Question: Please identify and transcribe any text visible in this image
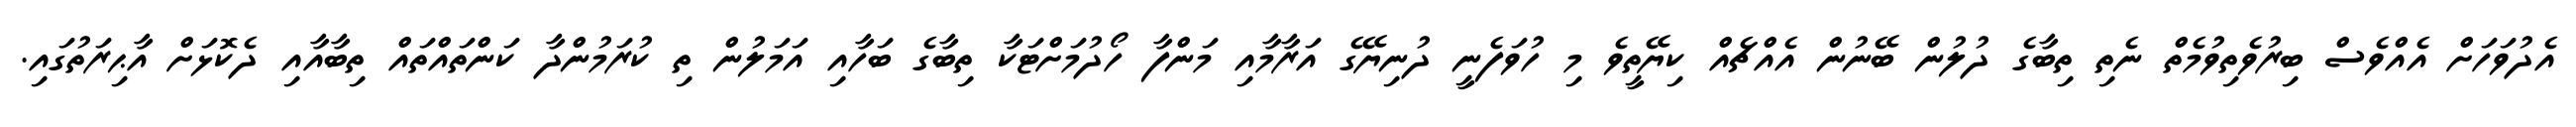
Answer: އެދުވަހަށް އެއްވެސް ބިރުވެތިވުމެތް ނެތި ތިބާގެ ދުލުން ބޭނުން އެއްޗެއް ކިޔޭތީވެ މި ހުވަފެނީ ދުނިޔޭގެ އަރާމާއި މަންފާ ހޯދުމަށްޓަކާ ތިބާގެ ބަހާއި އަމަލުން ތި ކުރަމުންދާ ކަންތައްތައް ތިބާއާއި ދެކޮޅަށް އާޙިރަތުގައި.